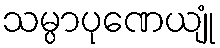
သမ္ပာပုဏေယျုံ